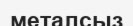
металсыз